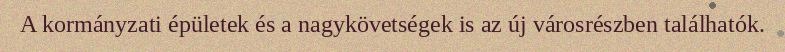
A kormányzati épületek és a nagykövetségek is az új városrészben találhatók.